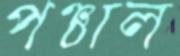
পঞ্চাল